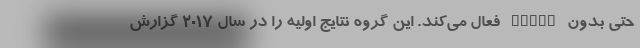
حتی بدون cGAMP فعال می‌کند. این گروه نتایج اولیه را در سال ۲۰۱۷ گزارش